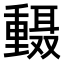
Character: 𫒅